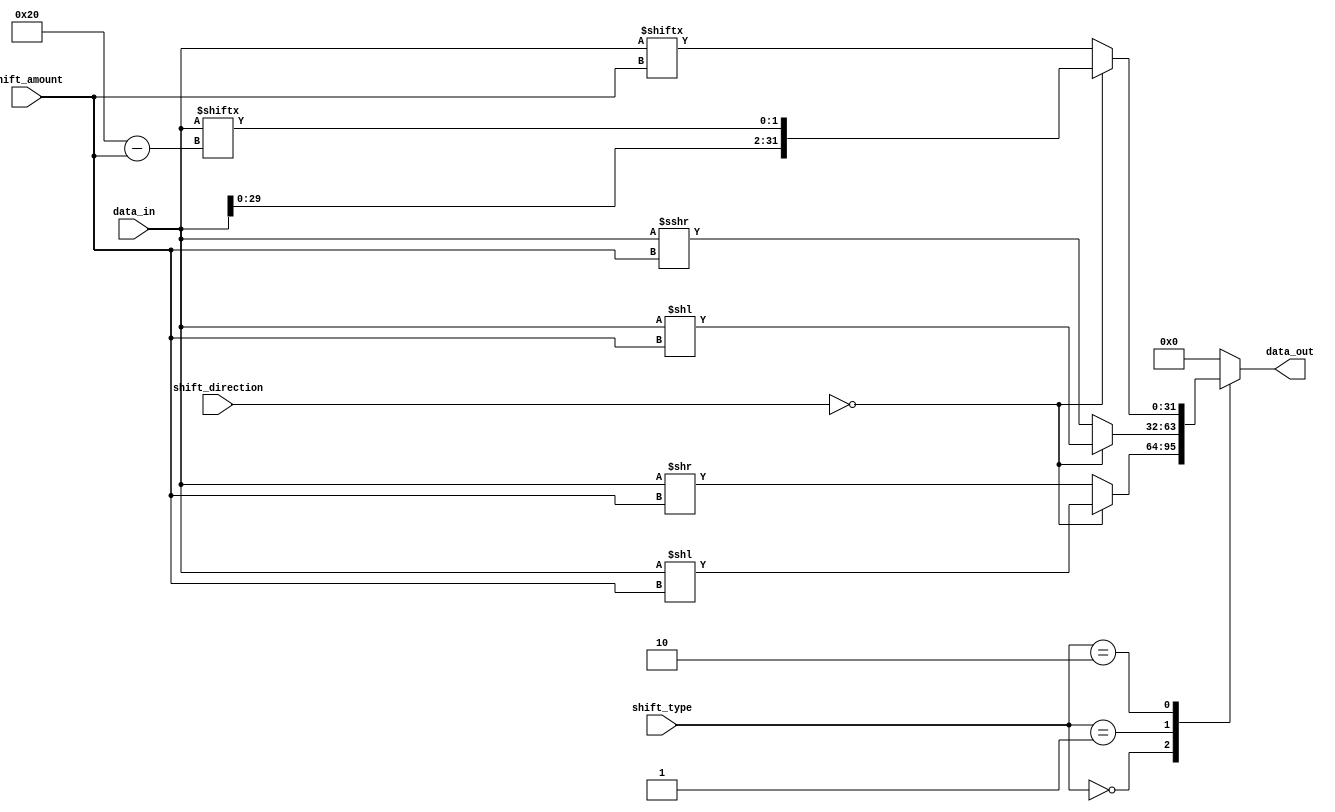
module barrel_shifter (
  input [31:0] data_in,
  input [4:0] shift_amount,
  input [1:0] shift_direction,
  input [1:0] shift_type,
  output reg [31:0] data_out
);

always @(*) begin
  case(shift_type)
    2'b00: data_out = (shift_direction == 2'b00) ? data_in << shift_amount : data_in >> shift_amount; // Arithmetic Left/Right Shift
    2'b01: data_out = (shift_direction == 2'b00) ? $signed(data_in) << shift_amount : $signed(data_in) >>> shift_amount; // Logical Left/Right Shift
    2'b10: data_out = (shift_direction == 2'b00) ? {data_in[(31-shift_amount):0], data_in[31:32-shift_amount]} : {data_in[shift_amount-1:0], data_in[31:shift_amount]}; // Rotate Left/Right
    default: data_out = 32'h00000000;
  endcase
end

endmodule